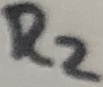
Text: R2